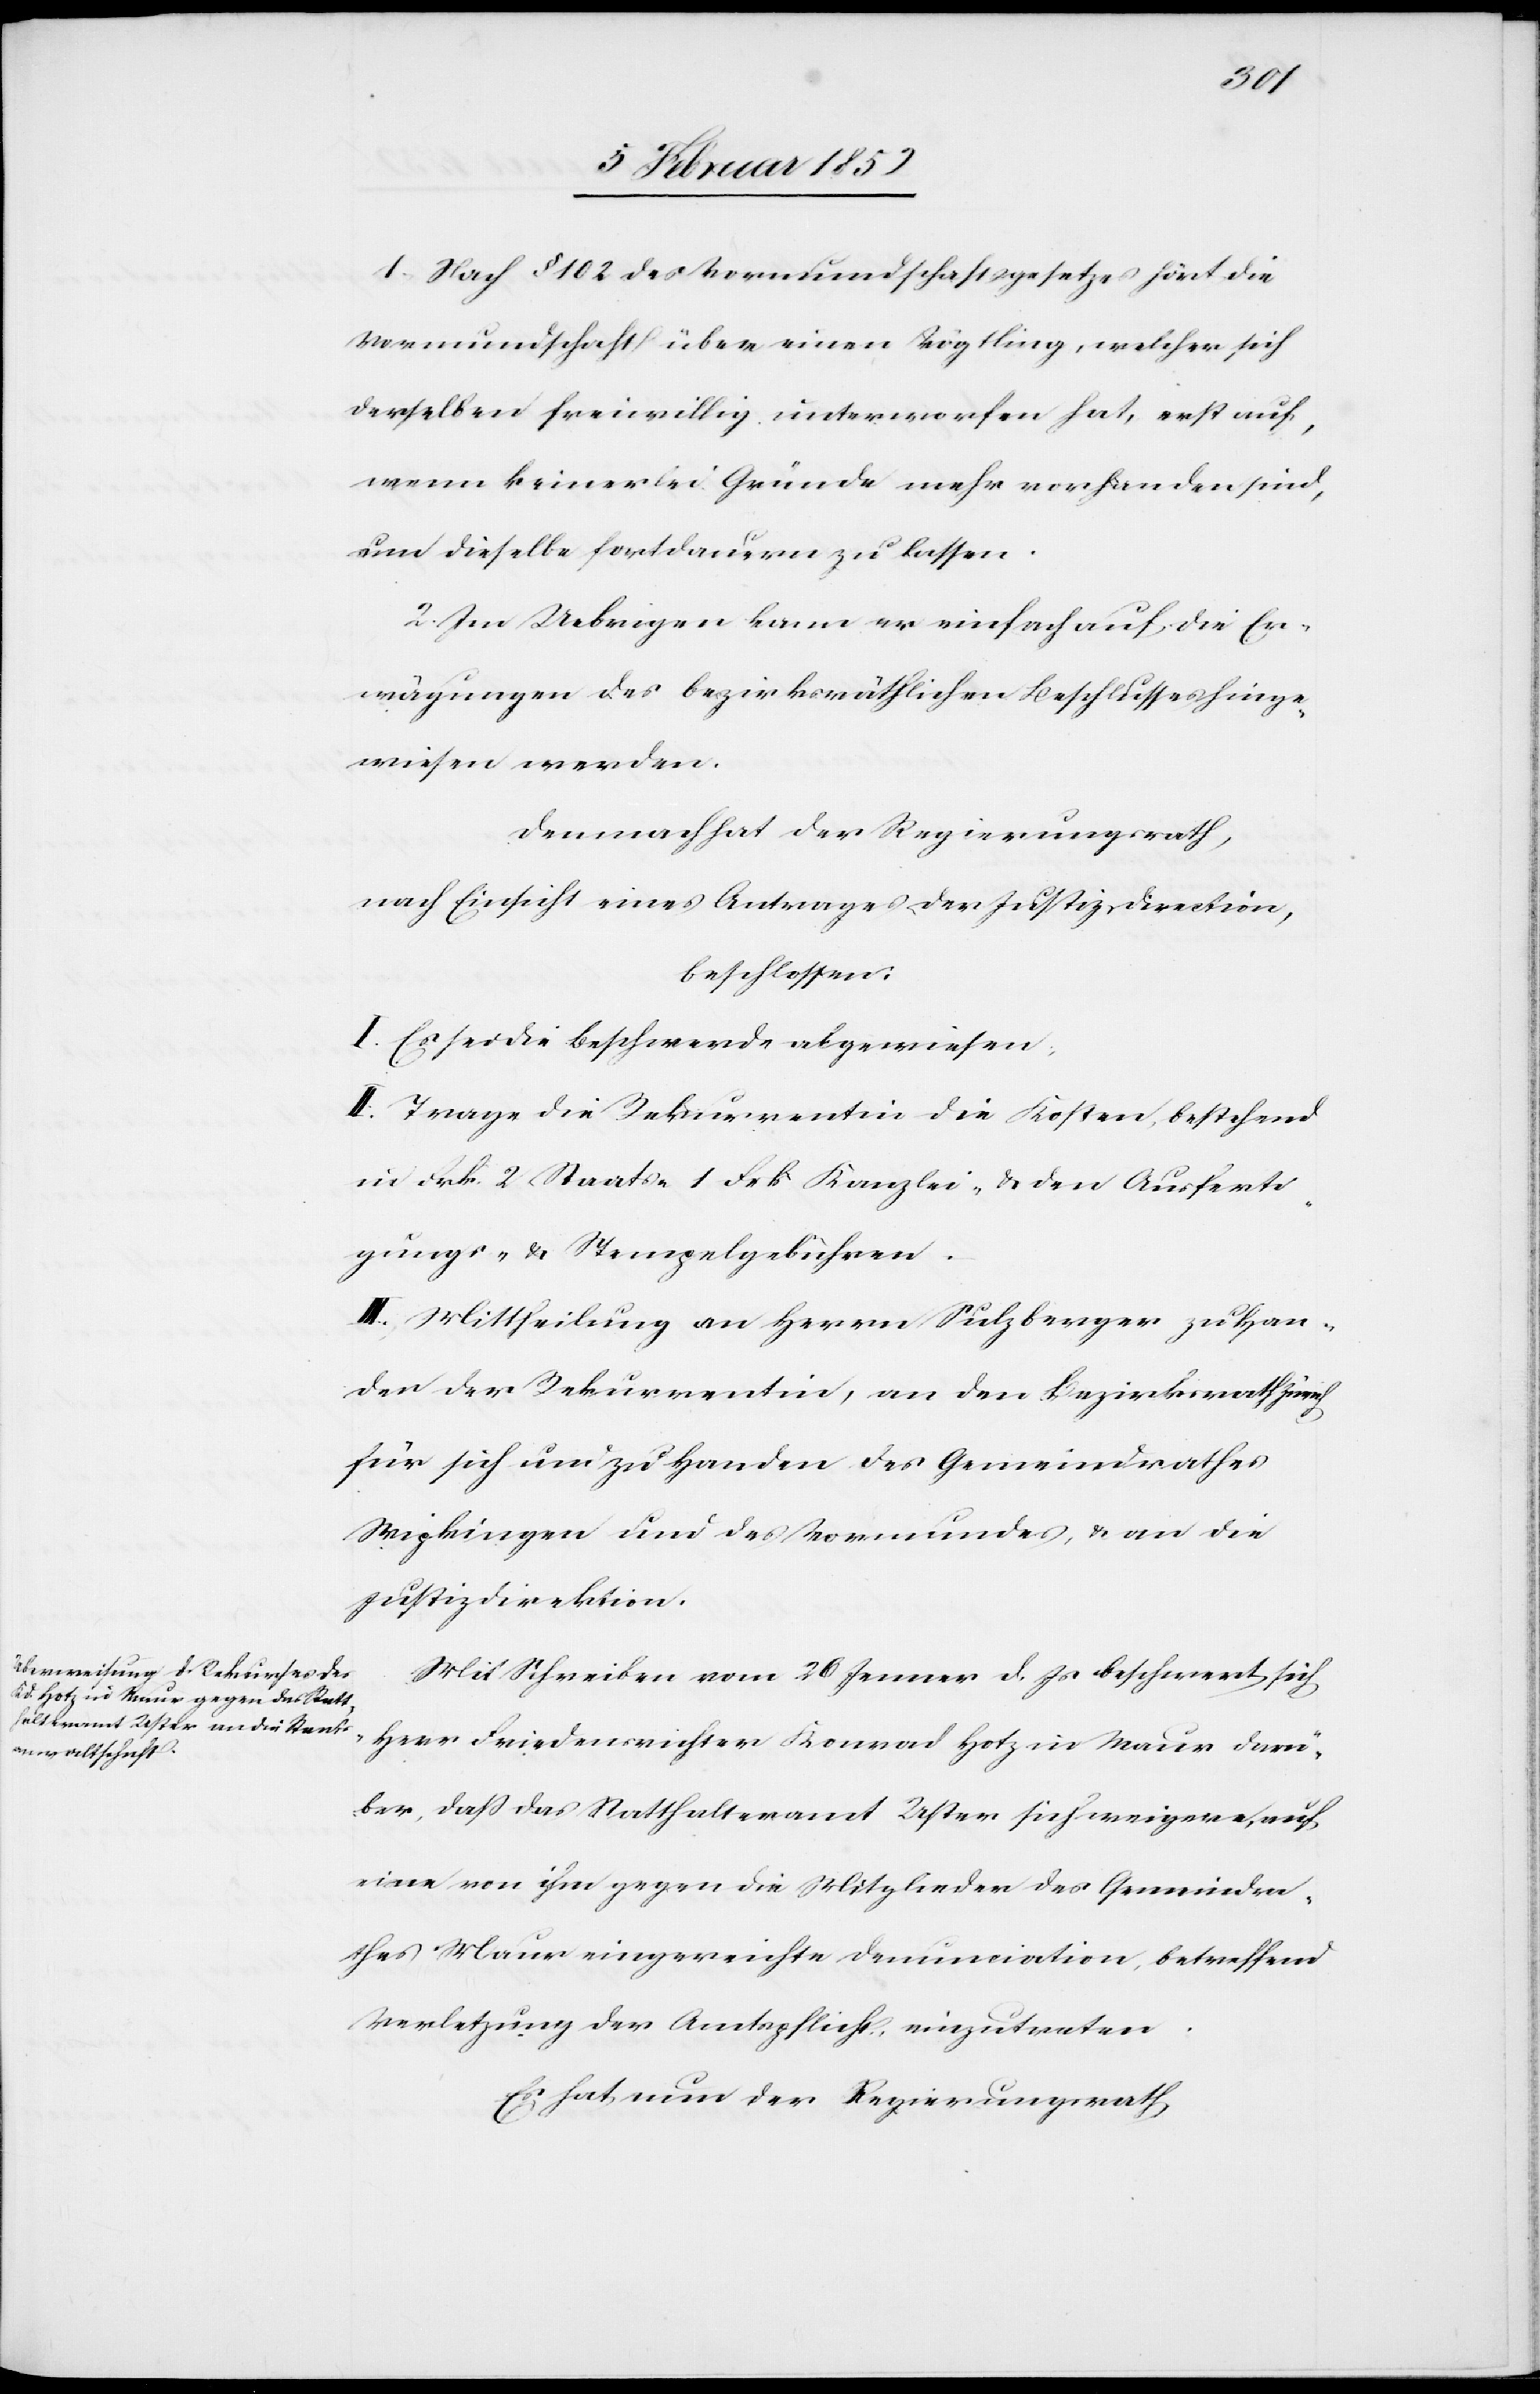
1. Nach § 102 des Vormundschaftsgesetzes hört die
Vormundschaft über einen Vögtling, welcher sich
derselben freiwillig unterworfen hat, erst auf,
wenn keinerlei Gründe mehr vorhanden sind,
um dieselbe fortdauern zu lassen.
2. Im Uebrigen kann er einfach auf die Er¬
wägungen des bezirksräthlichen Beschlusses hinge¬
wiesen werden.
Demnach hat der Regierungsrath,
nach Einsicht und Antrages der Justizdirection,
beschlossen:
I. Es sei die Beschwerde abgewiesen.
II. Trage die Rekurrentin die Kosten, bestehend
in Frk. 2 Staats- 1 Frk. Kanzlei- u. den Ausferti¬
gungs- u. Stempelgebühren.
III. Mittheilung an Herrn Sulzberger zu Han¬
den der Rekurrentin, an den Bezirksrath Zürich
für sich und zu Handen des Gemeindrathes
Wipkingen und des Vormundes, u. an die
Justizdirektion.
Mit Schreiben vom 26 Jenner d. Js beschwert sich
Herr Friedensrichter Konrad Hotz in Maur darü¬
ber, daß das Statthalteramt Uster sich weigere, auf
eine von ihm gegen die Mitglieder des Gemeindera¬
thes Maur eingereichte Denunciation, betreffend
Verletzung der Amtspflicht, einzutreten.
Es hat nun der Regierungsrath,